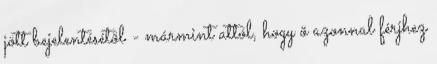
jött bejelentésétõl - mármint attól, hogy õ azonnal férjhez